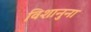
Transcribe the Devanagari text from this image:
विशानुना